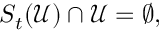
S _ { t } ( \mathcal { U } ) \cap \mathcal { U } = \emptyset ,